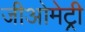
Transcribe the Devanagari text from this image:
जीओमेट्री